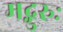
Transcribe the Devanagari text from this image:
मद्गुरुः